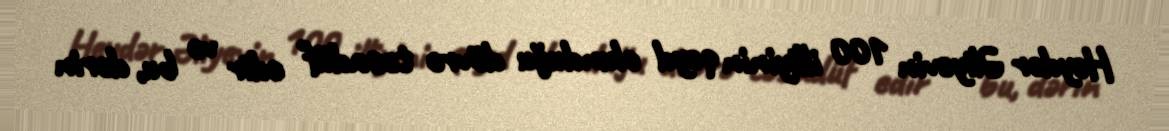
Heydər Əliyevin 100 illiyinin qeyd olunduğu dövrə təsadüf edir və bu, dərin